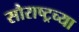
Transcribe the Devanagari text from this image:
सौराष्ट्रच्या